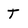
Character: T